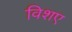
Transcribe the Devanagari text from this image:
विशए